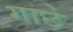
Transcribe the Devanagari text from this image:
गाछे